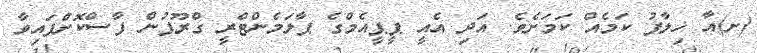
(ށ)އާ ޚިލާފު ކަމެއް ކަމަށެވެ. އަދި އެއީ ޕީޕީއެމްގެ ޕާލަމެންޓްރީ ގްރޫޕުން ފާސްކޮށްފައިވާ